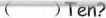
( )Ten?